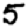
Digit: 5